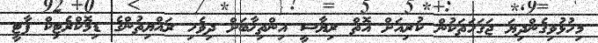
މިހުޅުވިގެންދިޔަ ޖަގަހަތަކުން ކުރިއަށް އޮތް ރިޔާސީ އިންތިޚާބަށް ދިވެހި ރައްޔިތުންގެ ޑިމޮކްރެޓިކް ޕާޓީ